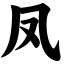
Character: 凤